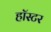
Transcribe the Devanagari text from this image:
हॉस्टर